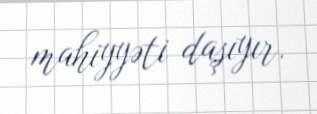
mahiyyəti daşıyır.